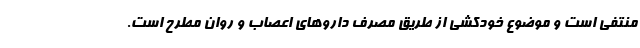
منتفی است و موضوع خودکشی از طریق مصرف داروهای اعصاب و روان مطرح است.